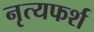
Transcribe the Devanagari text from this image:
नृत्यफर्श